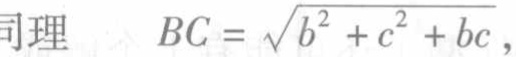
同理 \(BC = \sqrt{b^{2} + c^{2} + bc}\)，